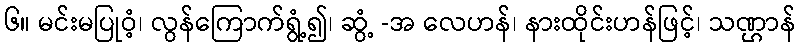
၆။ မင်းမပြုဝံ့၊ လွန်ကြောက်ရွံ့၍၊ ဆွံ့ -အ လေဟန်၊ နားထိုင်းဟန်ဖြင့်၊ သဏ္ဌာန်